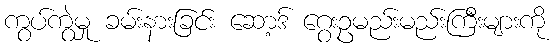
ကွပ်ကွဲမှု ခမ်းနားခြင်း ဆော့ဒ် ဂွေးဥမည်းမည်းကြီးများကို